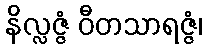
နိလ္လဇ္ဇံ ဝီတသာရဇ္ဇံ၊